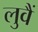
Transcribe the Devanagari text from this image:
लुवैं